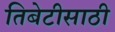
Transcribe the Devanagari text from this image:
तिबेटीसाठी